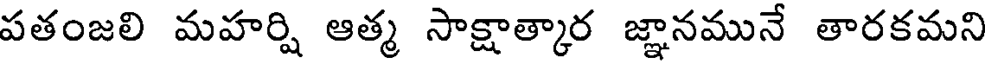
పతంజలి మహర్షి ఆత్మ సాక్షాత్కార జ్ఞానమునే తారకమని